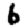
Digit: 6